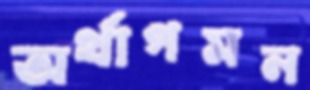
অর্থাগমন